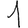
Digit: 1